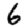
Digit: 6